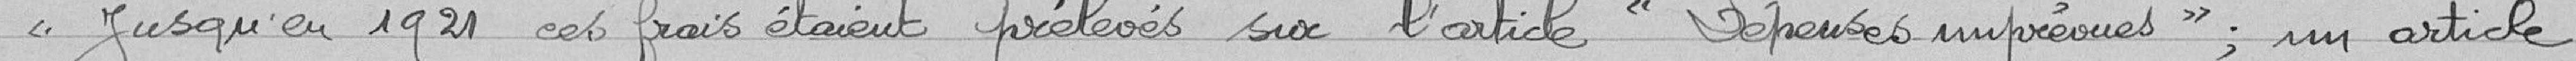
"Jusqu'en 1921, ces frais étaient prélevés sur l'article "dépenses imprévues", un article